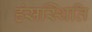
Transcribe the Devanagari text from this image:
हंसस्थिति